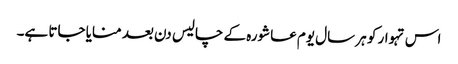
اس تہوار کو ہر سال یوم عاشورہ کے چالیس دن بعد منایا جاتا ہے۔